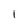
Character: l